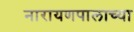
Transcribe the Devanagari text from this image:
नारायणपालाच्या